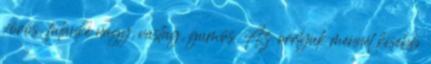
vörös, falánké nagy, vastag, gumós. Az orrlyuk mennél kisebb